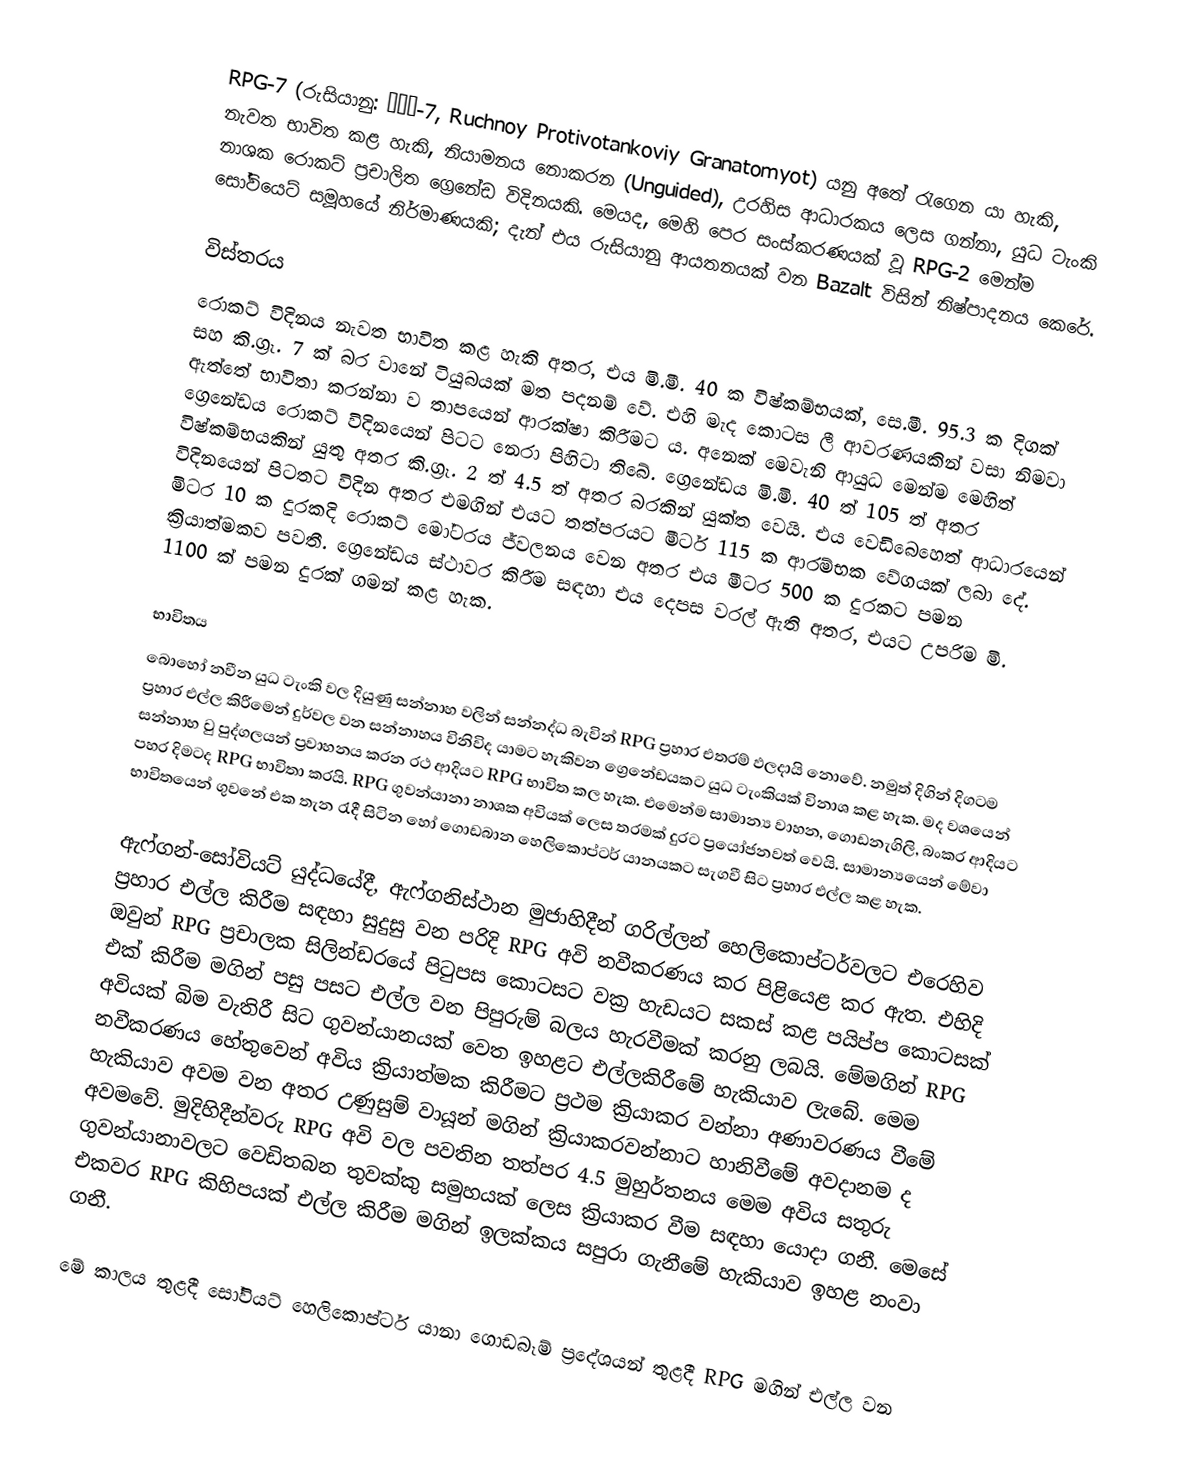
RPG-7 (රුසියානු: РПГ-7, Ruchnoy Protivotankoviy Granatomyot) යනු අතේ රැගෙන යා හැකි, නැවත භාවිත කළ හැකි, නියාමනය නොකරන (Unguided), උරහිස ආධාරකය ලෙස ගන්නා, යුධ ටැංකි නාශක රොකට් ප්‍රචාලිත ග්‍රෙනේඩ විදිනයකි. මෙයද, මෙහි පෙර සංස්කරණයක් වූ RPG-2 මෙන්ම සෝවියෙට් සමූහයේ නිර්මාණයකි; දැන් එය රුසියානු ආයතනයක් වන Bazalt විසින් නිෂ්පාදනය කෙරේ.

විස්තරය
රොකට් විදිනය නැවත භාවිත කළ හැකි අතර, එය මි.මී. 40 ක විෂ්කම්භයක්, සෙ.මී. 95.3 ක දිගක් සහ කි.ග්‍රෑ. 7 ක් බර වානේ ටියුබයක් මත පදනම් වේ. එහි මැද කොටස ලී ආවරණයකින් වසා නිමවා ඇත්තේ භාවිතා කරන්නා ව තාපයෙන් ආරක්ෂා කිරීමට ය. අනෙක් මෙවැනි ආයුධ මෙන්ම මෙහිත් ග්‍රෙනේඩය රොකට් විදිනයෙන් පිටට නෙරා පිහිටා තිබේ. ග්‍රෙනේඩය මි.මි. 40 ත් 105 ත් අතර විෂ්කම්භයකින් යුතු අතර කි.ග්‍රෑ. 2 ත් 4.5 ත් අතර බරකින් යුක්ත වෙයි. එය වෙඩිබෙහෙත් ආධාරයෙන් විදිනයෙන් පිටතට විදින අතර එමගින් එයට තත්පරයට මීටර් 115 ක ආරම්භක වේගයක් ලබා දේ. මිටර 10 ක දුරකදි රොකට් මෝටරය ජ්වලනය වෙන අතර එය මීටර 500 ක දුරකට පමන ක්‍රියාත්මකව පවතී. ග්‍රෙනේඩය ස්ථාවර කිරීම සඳහා එය දෙපස වරල් ඇති අතර, එයට උපරිම මි. 1100 ක් පමන දුරක් ගමන් කළ හැක.

භාවිතය
බොහෝ නවීන යුධ ටැංකි වල දියුණු සන්නාහ වලින් සන්නද්ධ බැවින් RPG ප්‍රහාර එතරම් ඵලදායි නොවේ. නමුත් දිගින් දිගටම ප්‍රහාර එල්ල කිරීමෙන් දුර්වල වන සන්නාහය විනිවිද යාමට හැකිවන ග්‍රෙනේඩයකට යුධ ටැංකියක් විනාශ කළ හැක. මද වශයෙන් සන්නාහ වු පුද්ගලයන් ප්‍රවාහනය කරන රථ ආදියට RPG භාවිත කල හැක. එමෙන්ම සාමාන්‍ය වාහන, ගොඩනැගිලි, බංකර ආදියට පහර දිමටද RPG භාවිතා කරයි. RPG ගුවන්යානා නාශක අවියක් ලෙස තරමක් දුරට ප්‍රයෝජනවත් වෙයි. සාමාන්‍යයෙන් මේවා භාවිතයෙන් ගුවනේ එක තැන රැදී සිටින හෝ ගොඩබ‍ාන හෙලිකොප්ටර් යානයකට සැගවී සිට ප්‍රහාර එල්ල කළ හැක.

ඇෆ්ගන්-සෝවියට් යුද්ධයේදී,  ඇෆ්ගනිස්ථාන මුජාහිදීන් ගරිල්ලන් හෙලිකොප්ටර්වලට එරෙහිව ප්‍රහාර එල්ල කිරීම සඳහා සුදුසු වන පරිදි RPG අවි නවීකරණය කර පිළියෙළ කර ඇත. එහිදි ඔවුන් RPG ප්‍රචාලක සිලින්ඩරයේ පිටුපස කොටසට වක්‍ර හැඩයට සකස් කළ පයිප්ප කොටසක් එක් කිරීම මගින් පසු පසට එල්ල වන පිපුරුම් බලය හැරවීමක් කරනු ලබයි. මේමගින් RPG අවියක් බිම වැතිරී සිට ගුවන්යානයක් වෙත ඉහළට එල්ලකිරීමේ හැකියාව ලැබේ. මෙම නවීකරණය හේතුවෙන් අවිය ක්‍රියාත්මක කිරීමට ප්‍රථම ක්‍රියාකර වන්නා අණාවරණය වීමේ හැකියාව අවම වන අතර උණුසුම් වායූන් මගින් ක්‍රියාකරවන්නාට හානිවීමේ අවදානම ද අවමවේ. මුදිහිදීන්වරු RPG අවි වල පවතින තත්පර 4.5 මුහුර්තනය මෙම අවිය සතුරු ගුවන්යානාවලට වෙඩිතබන තුවක්කු සමුහයක් ලෙස ක්‍රියාකර වීම සඳහා යොදා ගනී. මෙසේ එකවර RPG කිහිපයක් එල්ල කිරීම මගින් ඉලක්කය සපුරා ගැනීමේ හැකියාව ඉහළ නංවා ගනී.

මේ කාලය තුළදී සෝවියට් හෙලිකොප්ටර් යානා ගොඩබෑම් ප්‍රදේශයන් තුළදී RPG මගින් එල්ල වන